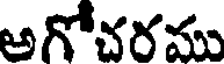
అగోచరము